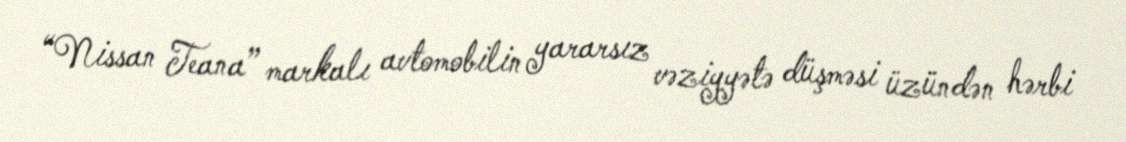
“Nissan Teana” markalı avtomobilin yararsız vəziyyətə düşməsi üzündən hərbi